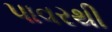
પાવરથી